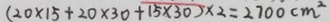
( 2 0 \times 1 5 + 2 0 \times 3 0 + 1 5 \times 3 0 ) \times 2 = 2 7 0 0 c m ^ { 2 }